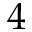
4